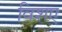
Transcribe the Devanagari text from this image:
विशए